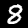
Label: 8